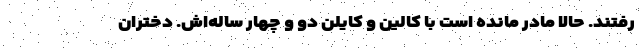
رفتند. حالا مادر مانده است با کالین و کایلن دو و چهار ساله‌اش. دختران